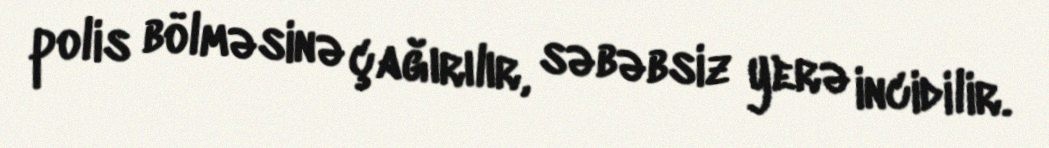
polis bölməsinə çağırılır, səbəbsiz yerə incidilir.